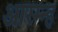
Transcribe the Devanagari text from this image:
आरम्न्ह